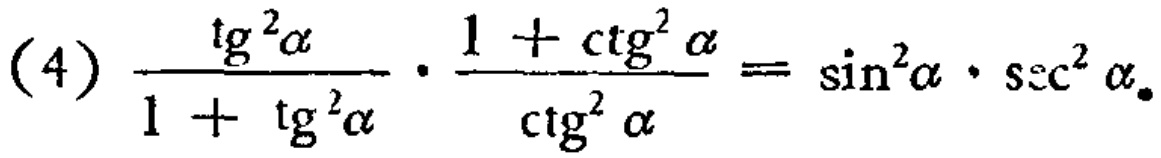
(4) \(\frac{\mathrm{tg}^{2}\alpha}{1 + \mathrm{tg}^{2}\alpha}\cdot\frac{1 + \mathrm{ctg}^{2}\alpha}{\mathrm{ctg}^{2}\alpha}=\sin^{2}\alpha\cdot\sec^{2}\alpha\)